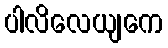
ပါလိလေယျကေ